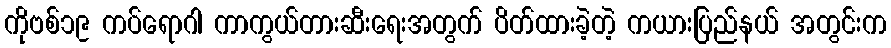
ကိုဗစ်၁၉ ကပ်ရောဂါ ကာကွယ်တားဆီးရေးအတွက် ပိတ်ထားခဲ့တဲ့ ကယားပြည်နယ် အတွင်းက